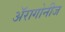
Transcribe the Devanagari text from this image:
अॅरागोनीज